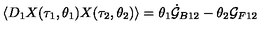
\langle D _ { 1 } X ( \tau _ { 1 } , \theta _ { 1 } ) X ( \tau _ { 2 } , \theta _ { 2 } ) \rangle = \theta _ { 1 } \dot { \cal G } _ { B 1 2 } - \theta _ { 2 } { \cal G } _ { F 1 2 }